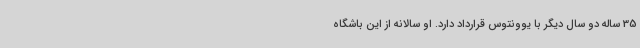
35 ساله دو سال دیگر با یوونتوس قرارداد دارد. او سالانه از این باشگاه